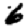
Digit: 6